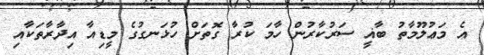
އެ މަޢުލޫމާތު ބާޣީ ސަރުކާރުން ހާމަ ކުރާ ގޮތަށް ހުޅަނގުގެ މީޑިއާ އިދާރާތަކާއި